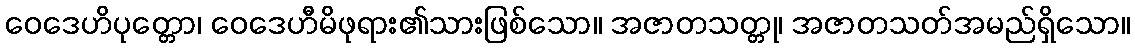
ဝေဒေဟိပုတ္တော၊ ဝေဒေဟီမိဖုရား၏သားဖြစ်သော။ အဇာတသတ္တု၊ အဇာတသတ်အမည်ရှိသော။